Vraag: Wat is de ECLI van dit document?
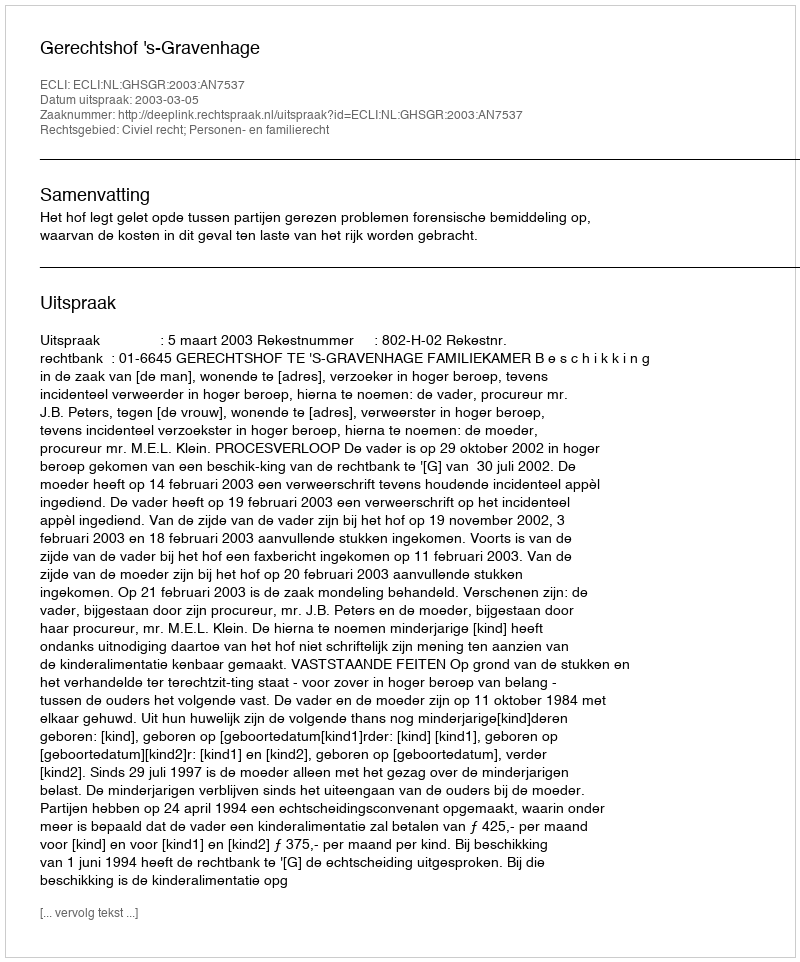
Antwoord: ECLI:NL:GHSGR:2003:AN7537